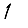
Digit: 1